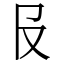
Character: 𠬝